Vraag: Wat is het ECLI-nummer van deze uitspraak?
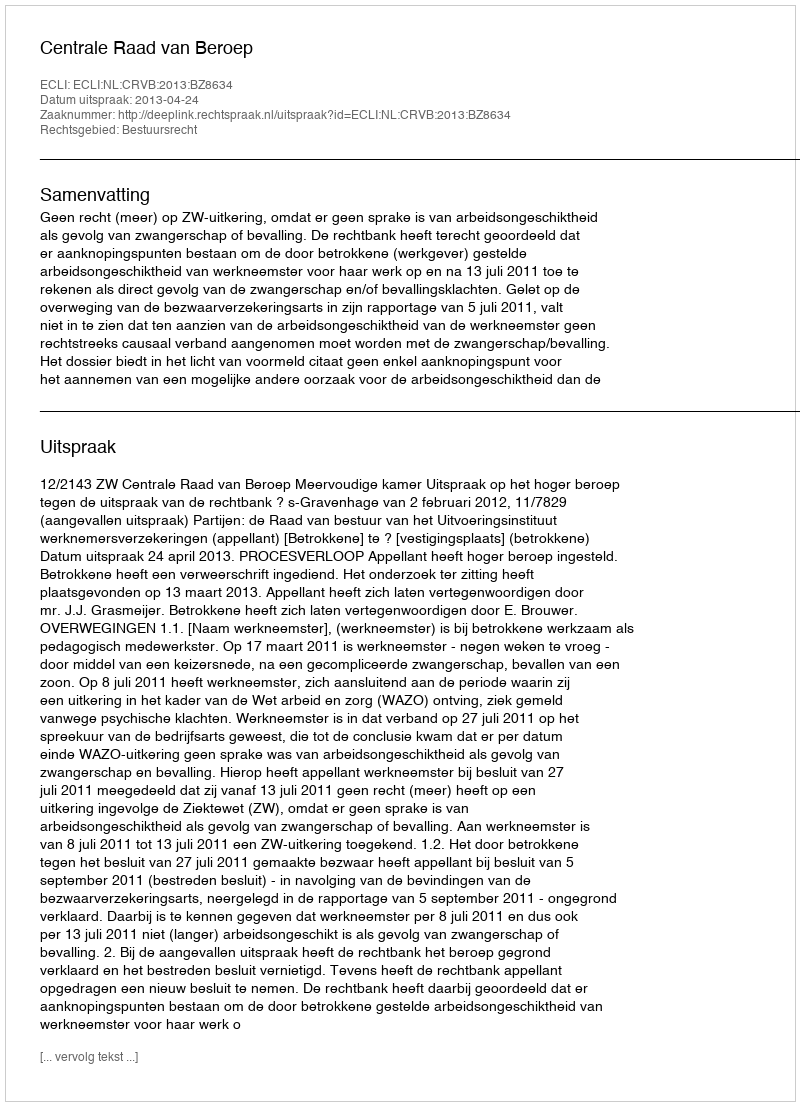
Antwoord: ECLI:NL:CRVB:2013:BZ8634